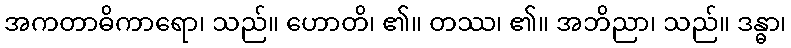
အကတာဓိကာရော၊ သည်။ ဟောတိ၊ ၏။ တဿ၊ ၏။ အဘိညာ၊ သည်။ ဒန္ဓာ၊